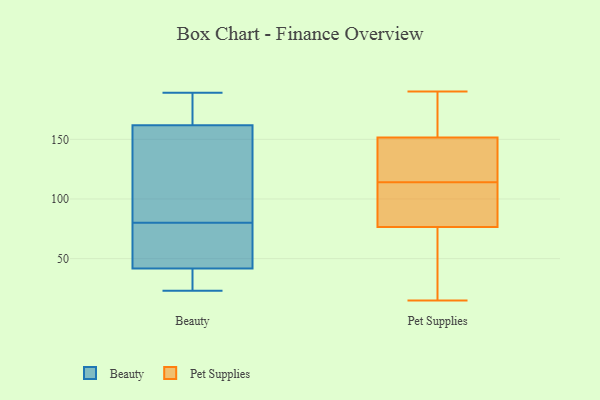
{"axis": {"x": "Operating Costs (USD K)", "y": "Value"}, "legend": ["Beauty", "Pet Supplies"], "data": [{"x": "", "y": 80, "type": "Beauty"}, {"x": "", "y": 44, "type": "Beauty"}, {"x": "", "y": 189, "type": "Beauty"}, {"x": "", "y": 23, "type": "Beauty"}, {"x": "", "y": 35, "type": "Beauty"}, {"x": "", "y": 51, "type": "Beauty"}, {"x": "", "y": 33, "type": "Beauty"}, {"x": "", "y": 170, "type": "Beauty"}, {"x": "", "y": 47, "type": "Beauty"}, {"x": "", "y": 144, "type": "Beauty"}, {"x": "", "y": 159, "type": "Beauty"}, {"x": "", "y": 94, "type": "Beauty"}, {"x": "", "y": 176, "type": "Beauty"}, {"x": "", "y": 105, "type": "Pet Supplies"}, {"x": "", "y": 111, "type": "Pet Supplies"}, {"x": "", "y": 33, "type": "Pet Supplies"}, {"x": "", "y": 64, "type": "Pet Supplies"}, {"x": "", "y": 84, "type": "Pet Supplies"}, {"x": "", "y": 190, "type": "Pet Supplies"}, {"x": "", "y": 82, "type": "Pet Supplies"}, {"x": "", "y": 117, "type": "Pet Supplies"}, {"x": "", "y": 71, "type": "Pet Supplies"}, {"x": "", "y": 15, "type": "Pet Supplies"}, {"x": "", "y": 148, "type": "Pet Supplies"}, {"x": "", "y": 132, "type": "Pet Supplies"}, {"x": "", "y": 155, "type": "Pet Supplies"}, {"x": "", "y": 184, "type": "Pet Supplies"}, {"x": "", "y": 129, "type": "Pet Supplies"}, {"x": "", "y": 161, "type": "Pet Supplies"}]}